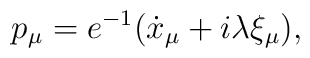
p_\mu=e^{-1}(\dot{x}_\mu+i\lambda\xi_\mu),